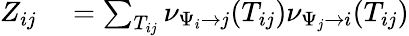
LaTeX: \begin{array}{r}{\begin{array}{rl}{Z_{ij}}&{{}=\sum_{T_{ij}}\nu_{\Psi_{i}\to j}(T_{ij})\nu_{\Psi_{j}\to i}(T_{ij})}\end{array}}\end{array}